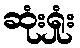
ဆုံးရှုံး